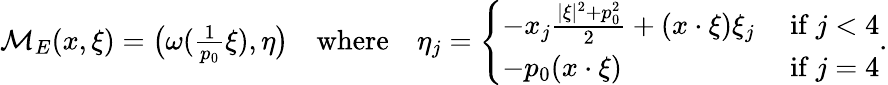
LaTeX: \begin{array}{r}{\mathcal{M}_{E}(x,\xi)=\big(\omega(\frac{1}{p_{0}}\xi),\eta\big)\quad\mathrm{where}\quad\eta_{j}=\left\{ \begin{array}{ll}{-x_{j}\frac{|\xi|^{2}+p_{0}^{2}}{2}+(x\cdot\xi)\xi_{j}}&{\mathrm{~if~}j<4}\\ {-p_{0}(x\cdot\xi)}&{\mathrm{~if~}j=4}\end{array}\right..}\end{array}